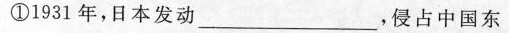
①1931年，日本发动___，侵占中国东